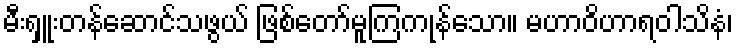
မီးရှူးတန်ဆောင်သဖွယ် ဖြစ်တော်မူကြကုန်သော။ မဟာဝိဟာရဝါသိနံ၊